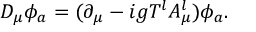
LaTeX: D _ { \mu } \phi _ { a } = ( \partial _ { \mu } - i g T ^ { l } A _ { \mu } ^ { l } ) \phi _ { a } .